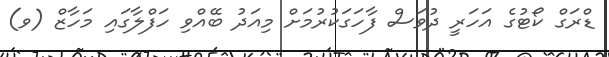
ޑްރަގް ކޯޓުގެ އަހަރީ ދުވަސް ފާހަގަކުރުމަށް މިއަދު ބޭއްވި ހަފްލާގައި މަހާޒް (ވ)